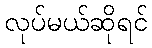
လုပ်မယ်ဆိုရင်